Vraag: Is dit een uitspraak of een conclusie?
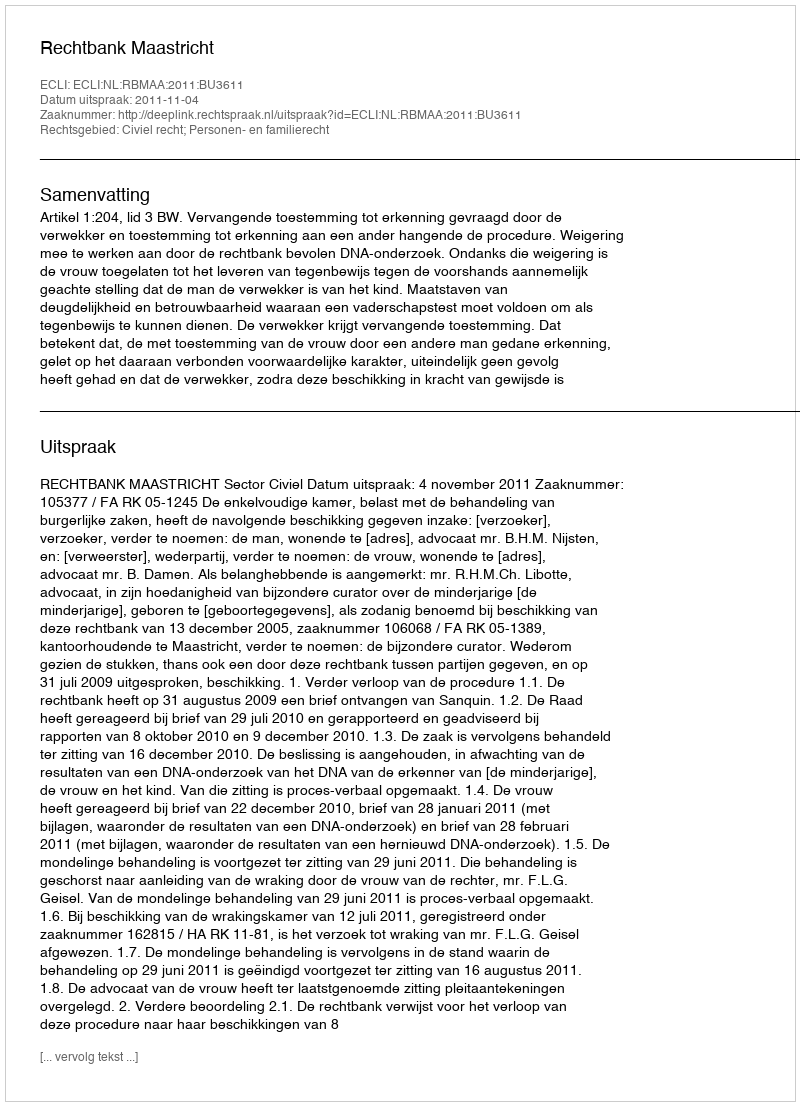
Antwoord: Uitspraak